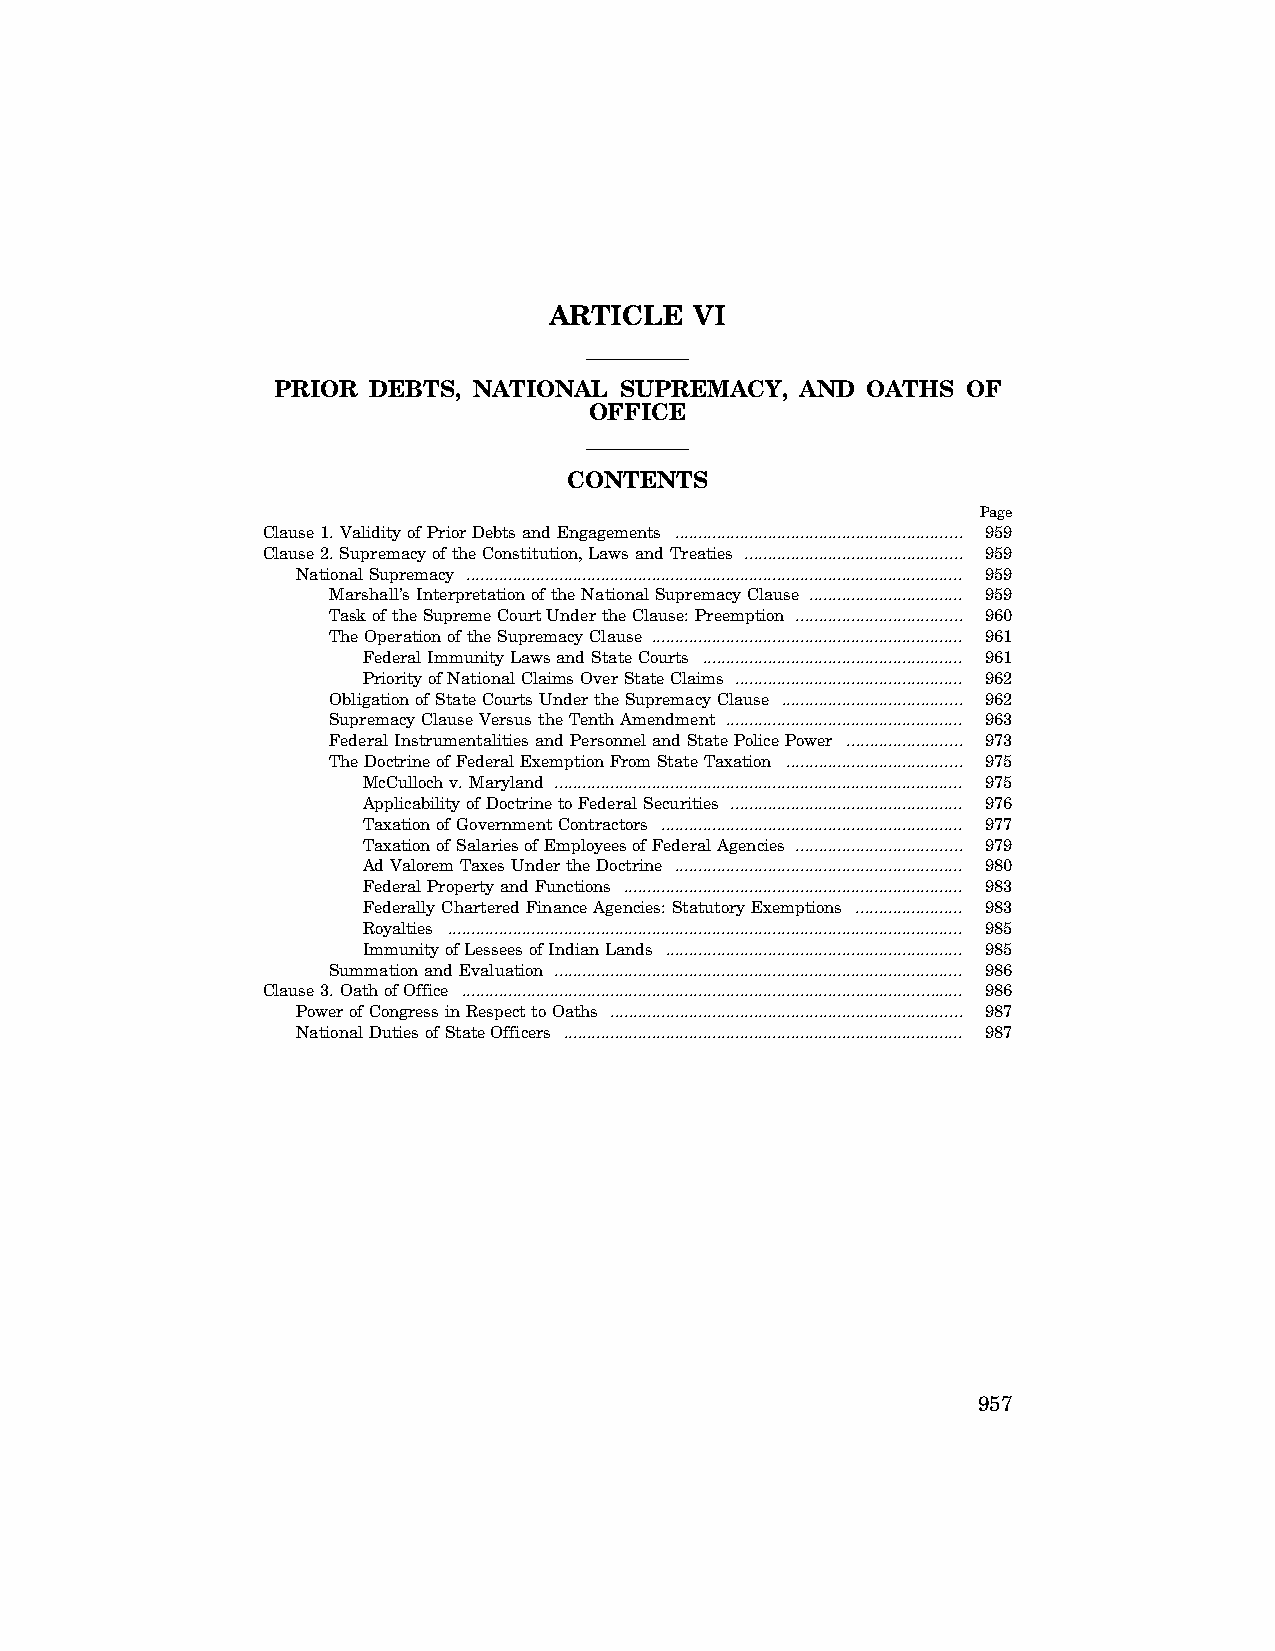
ARTICLE   VI
 PRIOR DEBTS, NATIONAL  SUPREMACY,  AND OATHS  OF
 OFFICE
 CONTENTS
 Page
 Clause 1. Validity of Prior Debts and Engagements .............................................................. 959
 Clause 2. Supremacy of the Constitution, Laws and Treaties ............................................... 959
 National Supremacy ........................................................................................................... 959
 Marshall’s Interpretation of the National Supremacy Clause ................................. 959
 Task of the Supreme Court Under the Clause: Preemption .................................... 960
 The Operation of the Supremacy Clause ................................................................... 961
 Federal Immunity Laws and State Courts ........................................................ 961
 Priority of National Claims Over State Claims ................................................. 962
 Obligation of State Courts Under the Supremacy Clause ....................................... 962
 Supremacy Clause Versus the Tenth Amendment ................................................... 963
 Federal Instrumentalities and Personnel and State Police Power ......................... 973
 The Doctrine of Federal Exemption From State Taxation ...................................... 975
 McCulloch v. Maryland ........................................................................................ 975
 Applicability of Doctrine to Federal Securities .................................................. 976
 Taxation of Government Contractors ................................................................. 977
 Taxation of Salaries of Employees of Federal Agencies .................................... 979
 Ad Valorem Taxes Under the Doctrine .............................................................. 980
 Federal Property and Functions ......................................................................... 983
 Federally Chartered Finance Agencies: Statutory Exemptions ....................... 983
 Royalties ............................................................................................................... 985
 Immunity of Lessees of Indian Lands ................................................................ 985
 Summation and Evaluation ........................................................................................ 986
 Clause 3. Oath of Office ............................................................................................................ 986
 Power of Congress in Respect to Oaths ............................................................................ 987
 National Duties of State Officers ...................................................................................... 987
 957
 VerDate Apr 14 2004 09:40 Apr 15, 2004 Jkt 077500 PO 00000 Frm 00001 Fmt 8221 Sfmt 8221 C:\CONAN\CON018.XXX PRFM99 PsN: CON018